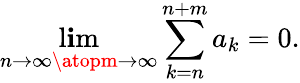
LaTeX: \operatorname*{l\mathbf{i}m}_{n\to\infty\atopm\to\infty}\sum_{k=n}^{n+m}a_{k}=0.